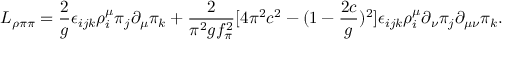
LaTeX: { \cal L } _ { \rho \pi \pi } = { \frac { 2 } { g } } \epsilon _ { i j k } \rho _ { i } ^ { \mu } \pi _ { j } \partial _ { \mu } \pi _ { k } + { \frac { 2 } { \pi ^ { 2 } g f _ { \pi } ^ { 2 } } } [ 4 \pi ^ { 2 } c ^ { 2 } - ( 1 - { \frac { 2 c } { g } } ) ^ { 2 } ] \epsilon _ { i j k } \rho _ { i } ^ { \mu } \partial _ { \nu } \pi _ { j } \partial _ { \mu \nu } \pi _ { k } .